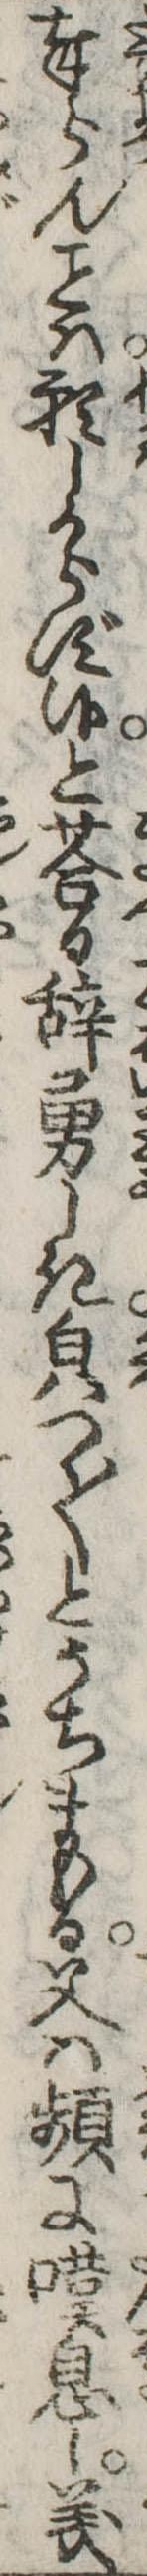
奉らんは願しからず候とる辞勇しき貌つく〱とうちまもる父は頻に嘆息し義